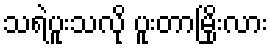
သရဲပူးသလို ပူးတာမြိုးလား